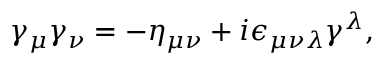
\gamma _ { \mu } \gamma _ { \nu } = - \eta _ { \mu \nu } + i \epsilon _ { \mu \nu \lambda } \gamma ^ { \lambda } ,